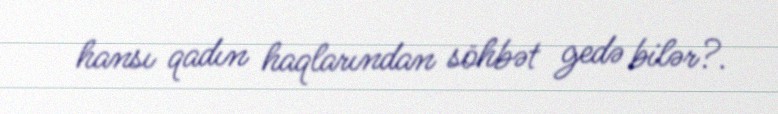
hansı qadın haqlarından söhbət gedə bilər?.